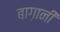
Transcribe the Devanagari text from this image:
बाग़ानी